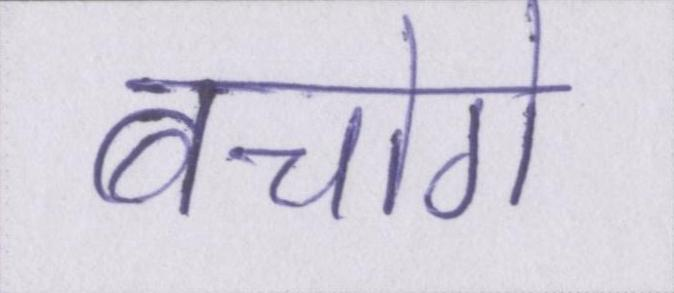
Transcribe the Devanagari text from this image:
बचोगे